Report on vaccination in Madras 1904-1921 - 1904-1921
Year: 1904
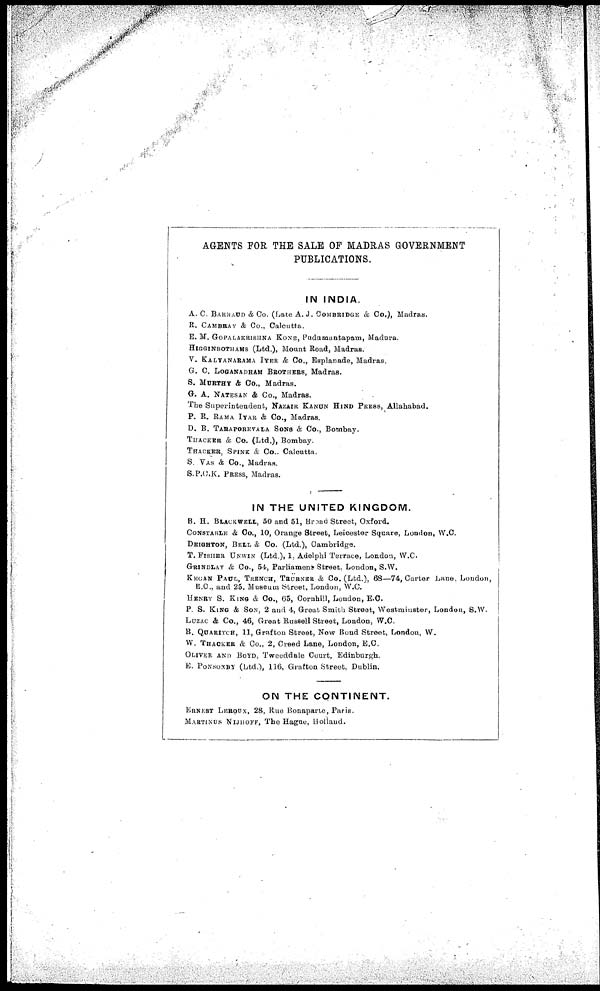
AGENTS FOR THE SALE OF MADRAS GOVERNMENT
PUBLICATIONS.
IN INDIA.
A. C. BARRAUD & Co. (Late A. J. COMBRIDGE & Co.), Madras.
R. CAMBRAY & Co., Calcutta.
E. M. GOPALAKRISHNA KONE, Pudumantapam, Madura.
HIGGINBOTHAMS (Ltd.), Mount Road, Madras.
V. KALYANARAMA IYER & Co., Esplanade, Madras.
G. C. LOGANADHAM BROTHERS, Madras.
S. MURTHY & Co., Madras.
G. A. NATESAN & Co., Madras.
The Superintendent, NAZAIR KANUN HIND PRESS, Allahabad.
P. R. RAMA IYAR & Co., Madras.
D. B. TARAPOREVALA SONS & Co., Bombay.
THACKER & Co. (Ltd.), Bombay.
THACKER, SPINK & Co., Calcutta.
S. VAS & Co., Madras.
S.P.C.K. PRESS, Madras.
IN THE UNITED KINGDOM.
B. H. BLACKWELL, 50 and 51, Broad Street, Oxford.
CONSTABLE & Co., 10, Orange Street, Leicester Square, London, W.C.
DEIGHTON, BELL & Co. (Ltd.), Cambridge.
T. FISHER UNWIN (Ltd.), 1, Adelphi Terrace, London, W.C.
GRINDLAY & Co., 54, Parliament Street, London, S.W.
KEGAN PAUL, TRENCH, TRÜBNER & Co. (Ltd.), 68—74, Carter Lane, London,
E.C., and 25, Museum Street, London, W.C.
HENRY S. KING & Co., 65, Cornhill, London, E.C.
P. S. KING & SON, 2 and 4, Great Smith Street, Westminster, London, S.W.
LUZAC & Co., 46, Great Russell Street, London, W.C.
B. QUARITCH, 11, Grafton Street, New Bond Street, London, W.
W. THACKER & Co., 2, Creed Lane, London, E.C.
OLIVER AND BOYD, Tweeddale Court, Edinburgh.
E. PONSONBY (Ltd.), 116, Grafton Street, Dublin.
ON THE CONTINENT.
ERNEST LEROUX, 28, Rue Bonaparte, Paris.
MARTINUS NIJHOFF, The Hague, Holland.